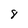
Character: 8